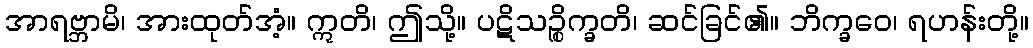
အာရဗ္ဘာမိ၊ အားထုတ်အံ့။ ဣတိ၊ ဤသို့။ ပဋိသဉ္စိက္ခတိ၊ ဆင်ခြင်၏။ ဘိက္ခဝေ၊ ရဟန်းတို့။